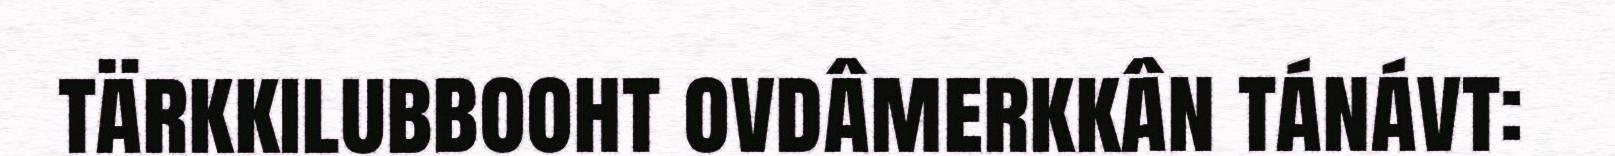
tärkkilubbooht ovdâmerkkân tánávt: